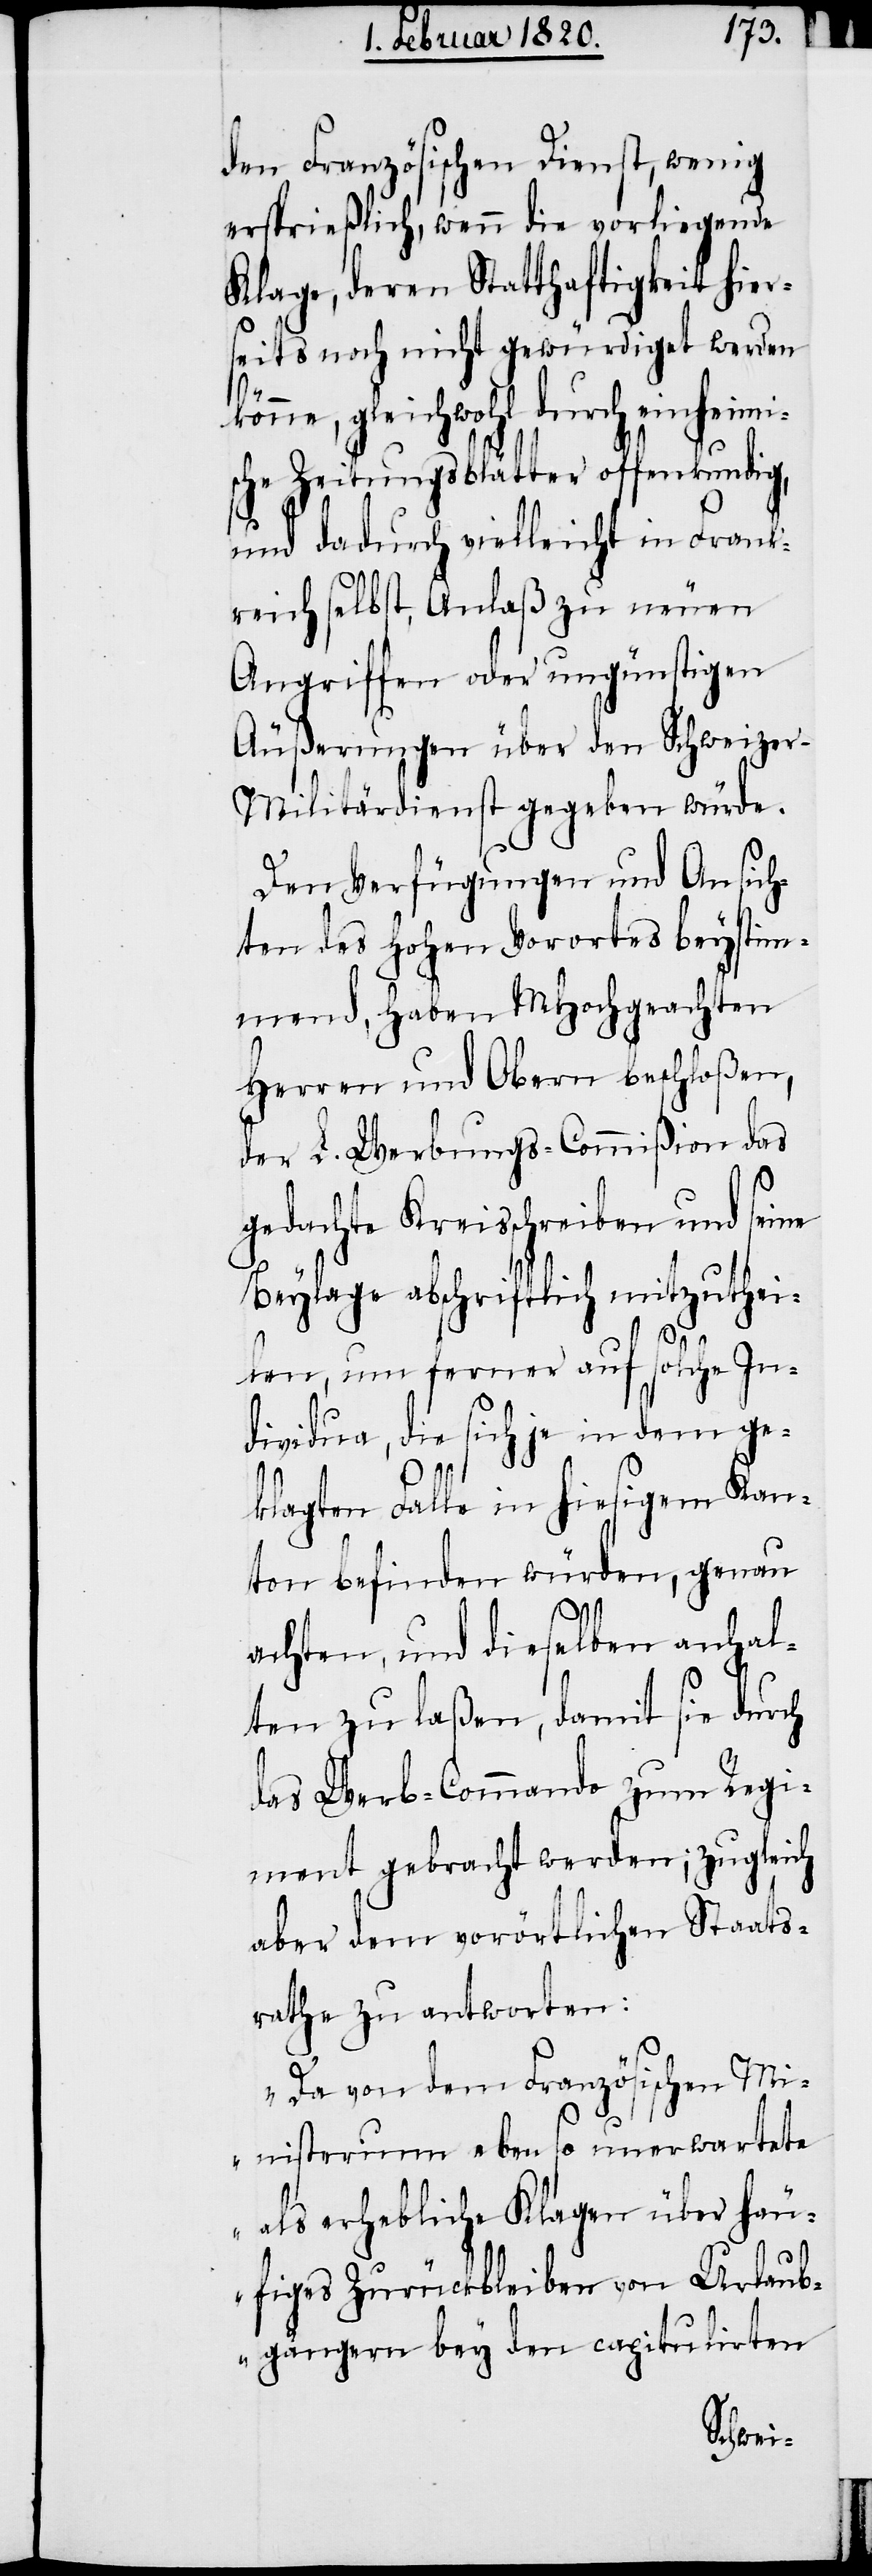
den Französischen Dienst, wenig
ersprießlich, wenn die vorliegende
Klage, deren Statthaftigkeit hier¬
seits noch nicht gewürdiget werden
könne, gleichwohl durch einheimi¬
sche Zeitungsblätter offenkundig,
und dadurch vielleicht in Frank¬
reich selbst, Anlaß zu neuen
Angriffen oder ungünstigen
Äußerungen über den Schweize¬
r-Militärdienst gegeben würde.
Den Verfügungen und Ansich¬
ten des Hohen Vorortes beystim¬
mend, haben MHochgeachten
Herren und Obern beschloßen,
der L. Werbungs-Commißion das
gedachte Kreisschreiben und seine
Beylage abschriftlich mitzuthei¬
len, um ferner auf solche In¬
dividua, die sich je in dem ge¬
klagten Falle in hiesigem Kan¬
ton befinden würden, genau
achten, und dieselben anhal¬
ten zu laßen, damit sie durch
das Werb-Commando zum Regi¬
ment gebracht werden; zugleich
aber dem vorörtlichen Staats¬
rathe zu antworten:
„Da von dem Französischen Mi¬
nisterium ebenso unerwartete
als erhebliche Klagen über häu¬
figes Zurückbleiben von Urlaub¬
gängern bey den capitulirten